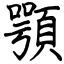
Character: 顎